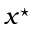
x ^ { \star }